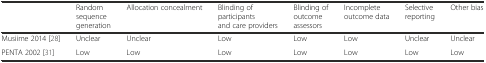
<table><thead><tr><td></td><td><b>Random sequence generation</b></td><td><b>Allocation concealment</b></td><td><b>Blinding of participants and care providers</b></td><td><b>Blinding of outcome assessors</b></td><td><b>Incomplete outcome data</b></td><td><b>Selective reporting</b></td><td><b>Other bias</b></td></tr></thead><tbody><tr><td>Musiime 2014 [28]</td><td>Unclear</td><td>Unclear</td><td>Low</td><td>Low</td><td>Low</td><td>Unclear</td><td>Unclear</td></tr><tr><td>PENTA 2002 [31]</td><td>Low</td><td>Low</td><td>Low</td><td>Low</td><td>Low</td><td>Low</td><td>Low</td></tr></tbody></table>